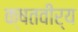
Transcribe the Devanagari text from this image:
क्षतवीर्य